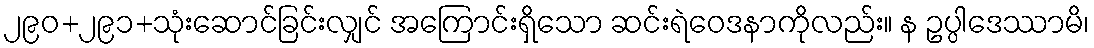
၂၉၀+၂၉၁+သုံးဆောင်ခြင်းလျှင် အကြောင်းရှိသော ဆင်းရဲဝေဒနာကိုလည်း။ န ဥပ္ပါဒေဿာမိ၊